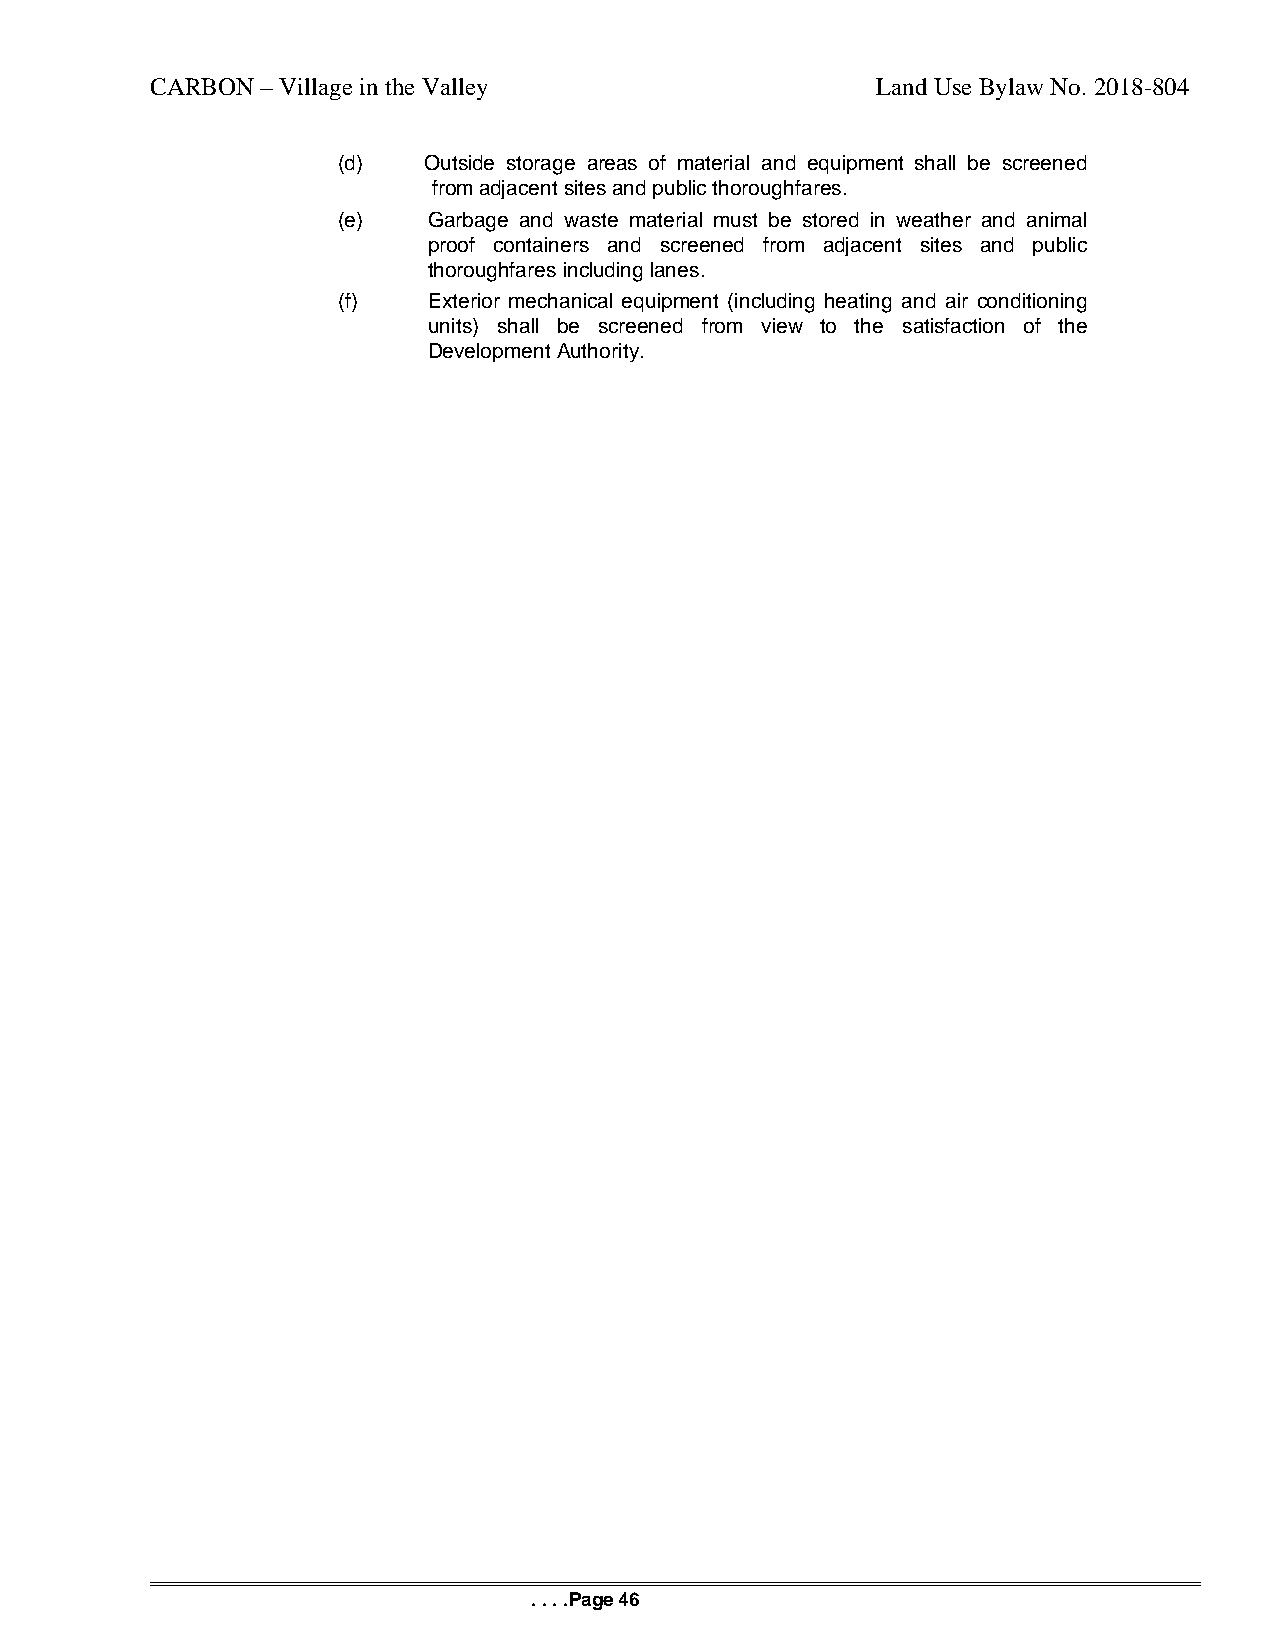
CARBON – Village in the Valley                  Land Use Bylaw No. 2018-804
 (d)   Outside storage areas of material and equipment shall be screened
 from adjacent sites and public thoroughfares.
 (e)   Garbage and waste material must be stored in weather and animal
 proof containers and screened from adjacent sites and public
 thoroughfares including lanes.
 (f)   Exterior mechanical equipment (including heating and air conditioning
 units) shall be screened from view to the satisfaction of the
 Development Authority.
 . . . .Page 46